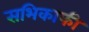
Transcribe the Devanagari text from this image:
सभिकाफी